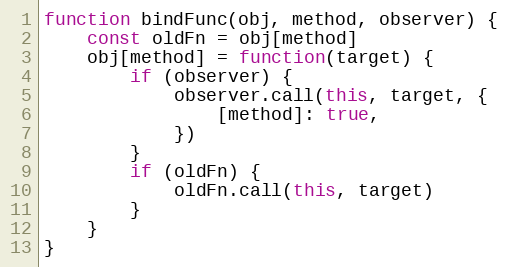
Language: JavaScript
function bindFunc(obj, method, observer) {
    const oldFn = obj[method]
    obj[method] = function(target) {
        if (observer) {
            observer.call(this, target, {
                [method]: true,
            })
        }
        if (oldFn) {
            oldFn.call(this, target)
        }
    }
}